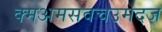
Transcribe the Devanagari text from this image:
क्मअमसवचउमदज